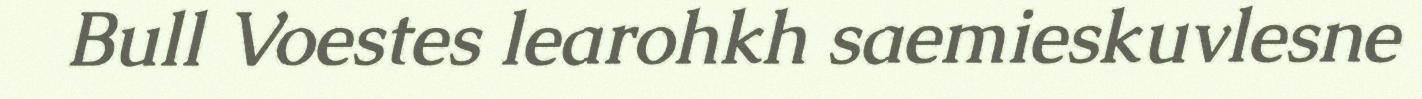
Bull Voestes learohkh saemieskuvlesne